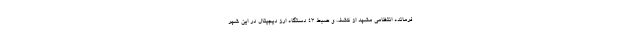
فرمانده انتظامی مشهد از کشف و ضبط ٤٣ دستگاه ارز دیجیتال در این شهر